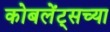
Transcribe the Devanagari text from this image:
कोबलेंट्सच्या